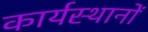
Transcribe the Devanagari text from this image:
कार्यस्थानों